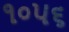
૧૦૫૬